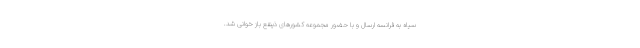
سیاه به فرانسه ارسال و با حضور مجموعه کشورهای ذینفع باز خوانی شد.